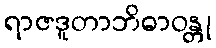
ရာဇဒူတာဘိဓာဝန္တု